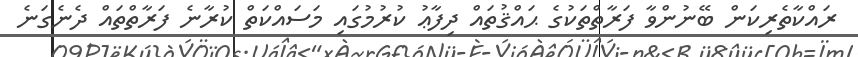
ރައްކާތެރިކަން ބޭނުންވާ ފަރާތްތަކުގެ ޙައްޤުތައް ދިފާޢު ކުރުމުގައި މަސައްކަތް ކުރާނެ ފަރާތްތައް ދެނެގަނެ